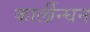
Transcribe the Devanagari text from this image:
कार्लीन्घन